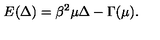
E ( \Delta ) = \beta ^ { 2 } \mu \Delta - \Gamma ( \mu ) .